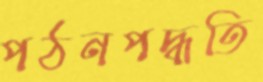
পঠনপদ্ধতি